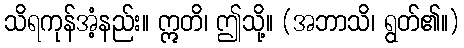
သိရကုန်အံ့နည်း။ ဣတိ၊ ဤသို့။ (အဘာသိ၊ ရွတ်၏။)